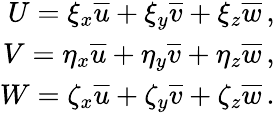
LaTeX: \begin{array}{r}{{U=\xi_{x}\overline{{u}}+\xi_{y}\overline{{v}}+\xi_{z}\overline{{w}}\, \mathrm{,}}}\\ {{V=\eta_{x}\overline{{u}}+\eta_{y}\overline{{v}}+\eta_{z}\overline{{w}}\, \mathrm{,}}}\\ {{W=\zeta_{x}\overline{{u}}+\zeta_{y}\overline{{v}}+\zeta_{z}\overline{{w}}\, \mathrm{.}}}\end{array}